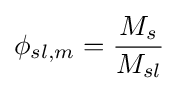
\phi _{sl,m}={\frac {M_{s}}{M_{sl}}}